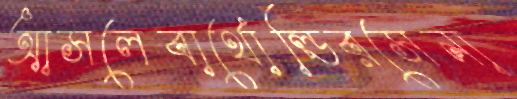
আসলেবার্থোল্ডিরসেনা